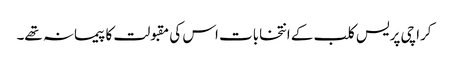
کراچی پریس کلب کے انتخابات اس کی مقبولت کا پیمانہ تھے۔